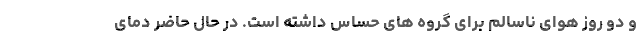
و دو روز هوای ناسالم برای گروه های حساس داشته است. در حال حاضر دمای